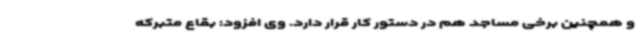
و همچنین برخی مساجد هم در دستور کار قرار دارد. وی افزود: بقاع متبرکه